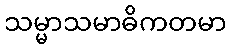
သမ္မာသမာဓိကတမာ